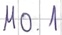
Text: M0.1